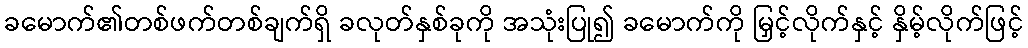
ခမောက်၏တစ်ဖက်တစ်ချက်ရှိ ခလုတ်နှစ်ခုကို အသုံးပြု၍ ခမောက်ကို မြှင့်လိုက်နှင့် နှိမ့်လိုက်ဖြင့်